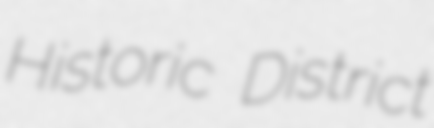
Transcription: Historic District